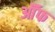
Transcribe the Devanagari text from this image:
ऑॅफ